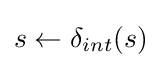
s\leftarrow \delta _{int}(s)